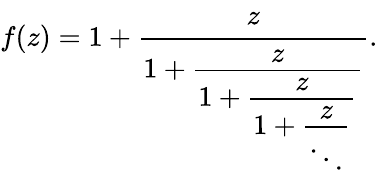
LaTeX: f(z)=1+{\cfrac{z}{1+{\cfrac{z}{1+{\cfrac{z}{1+{\cfrac{z}{\ddots}}}}}}}}.